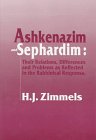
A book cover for Ashkenazim and Sephardim: Their Relations, Differences, and Problems As Reflected in the Rabbinical Responsa (Library of Sephardic History and Thought); H. J. Zimmels; Religion & Spirituality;